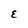
Character: E